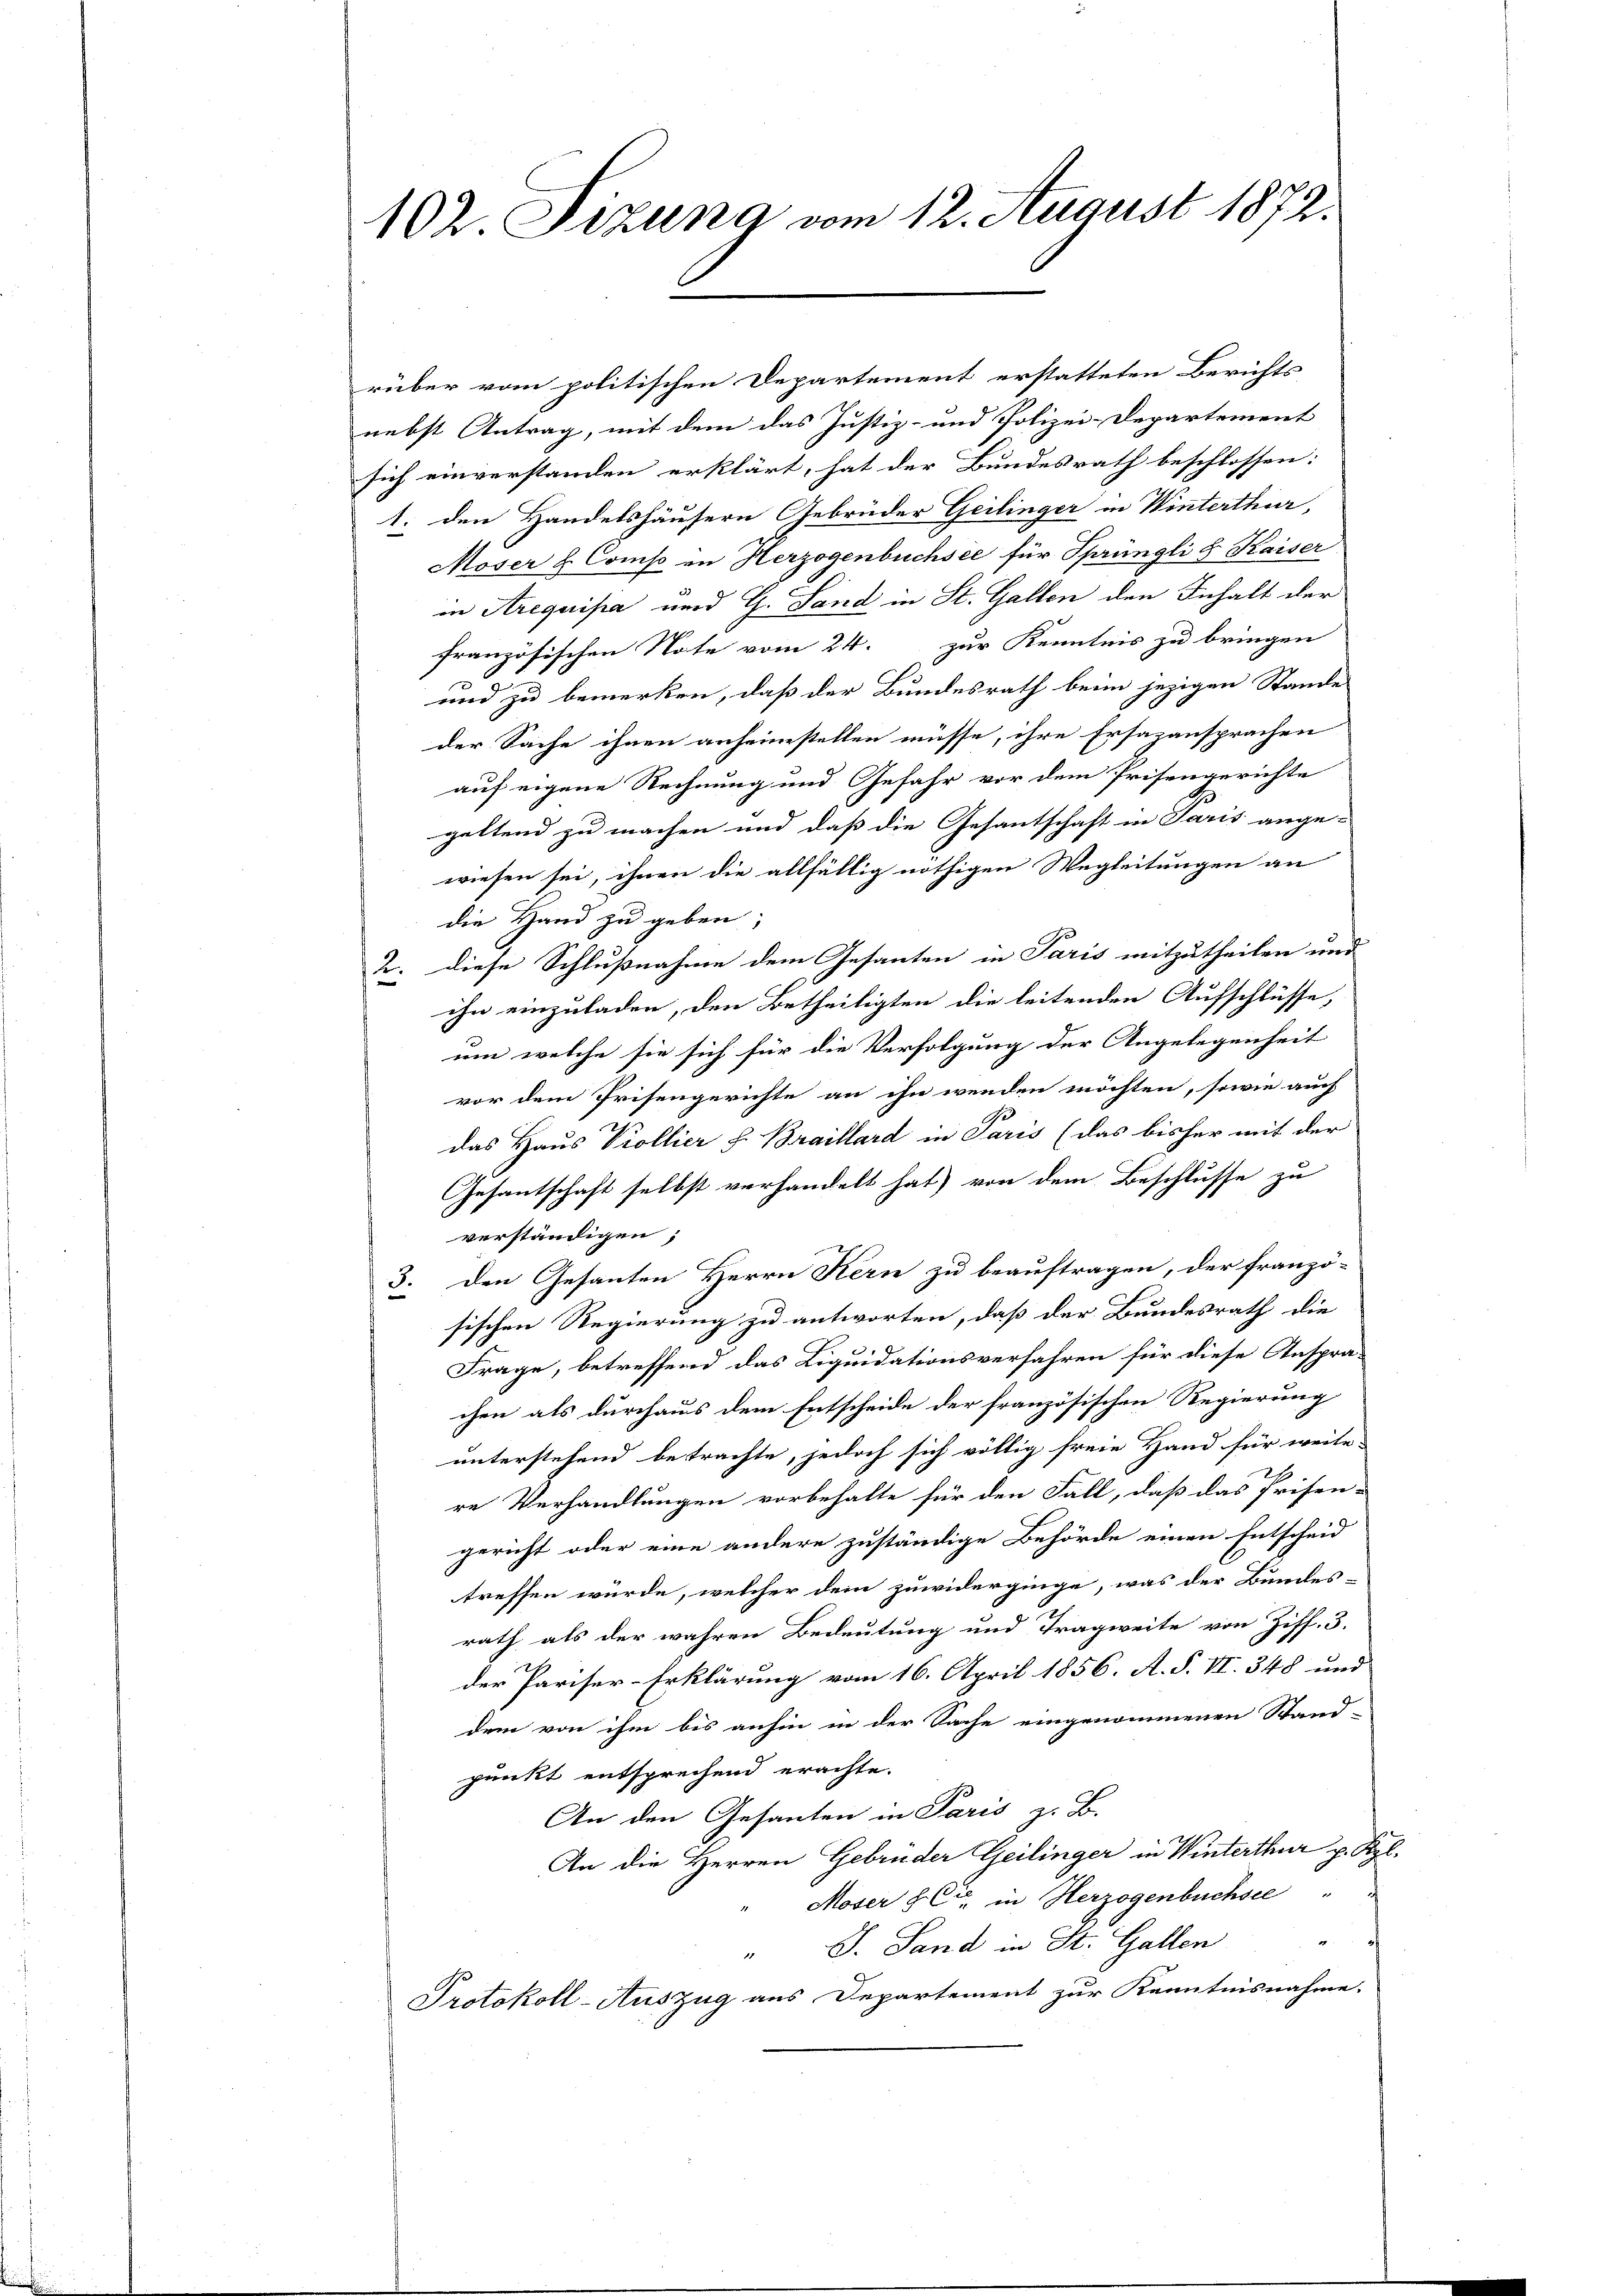
102. Sizung vom 12. August 1872.

rüber vom politischen Departement erstatteten Berichts
nebst Antrag, mit dem das Justiz- und Polizei-Departement
sich einverstanden erklärt, hat der Bundesrath beschlossen:
1. den Handelshäusern Gebrüder Geilinger in Winterthur,
Moser & Comp in Herzogenbüchsee für Sprüngli & Kaiser
in Arequipa und G. Sand in St. Gallen den Inhalt der
französischen Note vom 24. zur Kenntnis zu bringen
und zu bemerken, daß der Bundesrath beim jezigen Stande
der Sache ihnen anheimstellen müsse, ihre Ersazansprachen
auf eigene Rechnung und Gefahr vor dem Prisengerichte
geltend zu machen und daß die Gesantschaft in Paris ange-
wiesen sei, ihnen die allfällig nöthigen Wegleitungen an
die Hand zu geben;
2. diese Schlußnahme dem Gesanten in Paris mitzutheilen und
ihn einzuladen, den Betheiligten die leitenden Aufschlüsse,
um welche sie sich für die Verfolgung der Angelegenheit
vor dem Prisengerichte an ihn wenden möchten, sowie auch
das Haus Viollier h. Braillard in Paris (das bisher mit der
Gesantschaft selbst verhandelt hat) von dem Beschlusse zu
verständigen;
3. den Gesanten Herrn Kern zu beauftragen, der franzö-
sischen Regierung zu antworten, daß der Bundesrath die
Frage, betreffend das Liquidationsverfahren für diese Anspra-
chen als durchaus dem Entscheide der französischen Regierung
unterstehend betrachte, jedoch sich völlig freie Hand für weite.
re Verhandlungen vorbehalte für den Fall, daß das Prisen-
gericht oder eine andere zuständige Behörde einen Entscheid
treffen wurde, welcher dem zuwiderginge, was der Bundes-
rath als der wahren Bedeutung und Tragweite von Ziff. 3.
der Pariser-Erklärung vom 16. April 1856. A. S. VI. 348 und
dem von ihm bis anhin in der Sache eingenommenen Stand-
punkt entsprechend erachte.
An den Gesanten in Paris z. B.
An die Herren Gebrüder Geilinger in Winterthur p. Kgl.
Moser & Cie in Herzogenbuchsee
" J. Land in St. Gallen
Protokoll-Auszug aus Departement zur Kenntnisnahme.